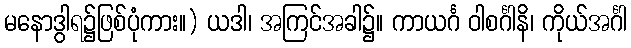
မနောဒွါရ၌ဖြစ်ပုံကား။) ယဒါ၊ အကြင်အခါ၌။ ကာယင်္ဂ ဝါစင်္ဂါနိ၊ ကိုယ်အင်္ဂါ